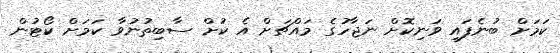
ކަމަށް ބުނެފައި ވަނިކޮށް ނަޖާހުގެ މައްޗަށް އެ ކުށް ސާބިތުނުވާ ކަމަށް ކޯޓުން